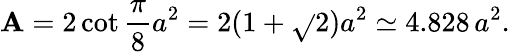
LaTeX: \mathbf{A}=2\cot{\frac{{\pi}}{{8}}}a^{2}=2(1+{\sqrt{}{{2}}})a^{2}\simeq4.828\, a^{2}.